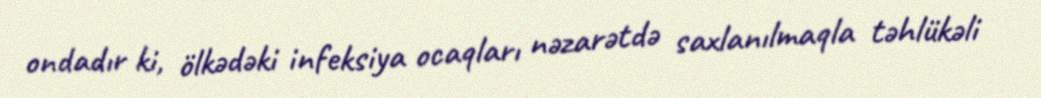
ondadır ki, ölkədəki infeksiya ocaqları nəzarətdə saxlanılmaqla təhlükəli